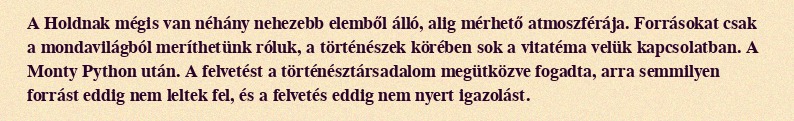
A Holdnak mégis van néhány nehezebb elemből álló, alig mérhető atmoszférája. Forrásokat csak a mondavilágból meríthetünk róluk, a történészek körében sok a vitatéma velük kapcsolatban. A Monty Python után. A felvetést a történésztársadalom megütközve fogadta, arra semmilyen forrást eddig nem leltek fel, és a felvetés eddig nem nyert igazolást.